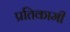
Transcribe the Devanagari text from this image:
प्रतिकामी